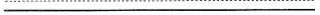
___